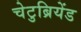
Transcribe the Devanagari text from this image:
चेटुब्रियेंड